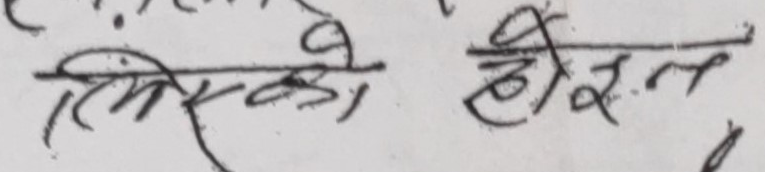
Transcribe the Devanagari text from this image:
लिएको होइन